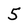
Character: 5